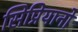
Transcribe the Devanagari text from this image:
सिप्रियानो